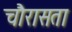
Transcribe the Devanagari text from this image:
चौरासता